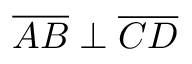
{ \overline { { A B } } } \perp { \overline { { C D } } }